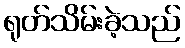
ရုတ်သိမ်းခဲ့သည်